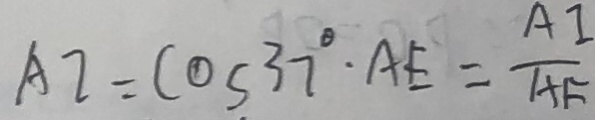
A I = C O S 3 7 ^ { \circ } \cdot A E = \frac { A I } { A F }